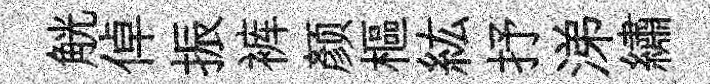
觥倬振裤颜樞紘抒涕繡